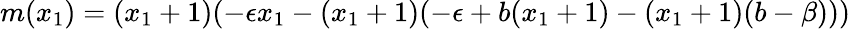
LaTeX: m(x_{1})=(x_{1}+1)(-\epsilon x_{1}-(x_{1}+1)(-\epsilon+b(x_{1}+1)-(x_{1}+1)(b-\beta)))